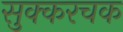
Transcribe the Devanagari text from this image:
सुक्करचक